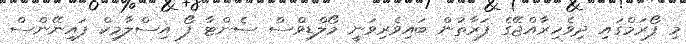
މި ފޯރަމްގައި ދިވެހިރާއްޖޭގެ ފަރާތުން ބައިވެރިވަނީ މޯލްޑިވްސް ސެންޓާ ފޯ އިސްލާމިކް ފައިނޭންސް